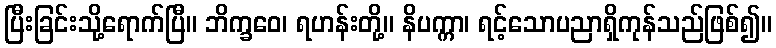
ပြီးခြင်းသို့ရောက်ပြီ။ ဘိက္ခဝေ၊ ရဟန်းတို့။ နိပက္ကာ၊ ရင့်သောပညာရှိကုန်သည်ဖြစ်၍။